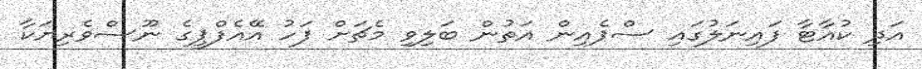
އަދި ކުއާޓާ ފައިނަލުގައި ސްޕެއިން އަތުން ބަލިވި މެޗަށް ފަހު އޭއެފްޕީގެ ނޫސްވެރިޔަކާ